Loodushoiu_ja_Turismi_Instituut, lk 846
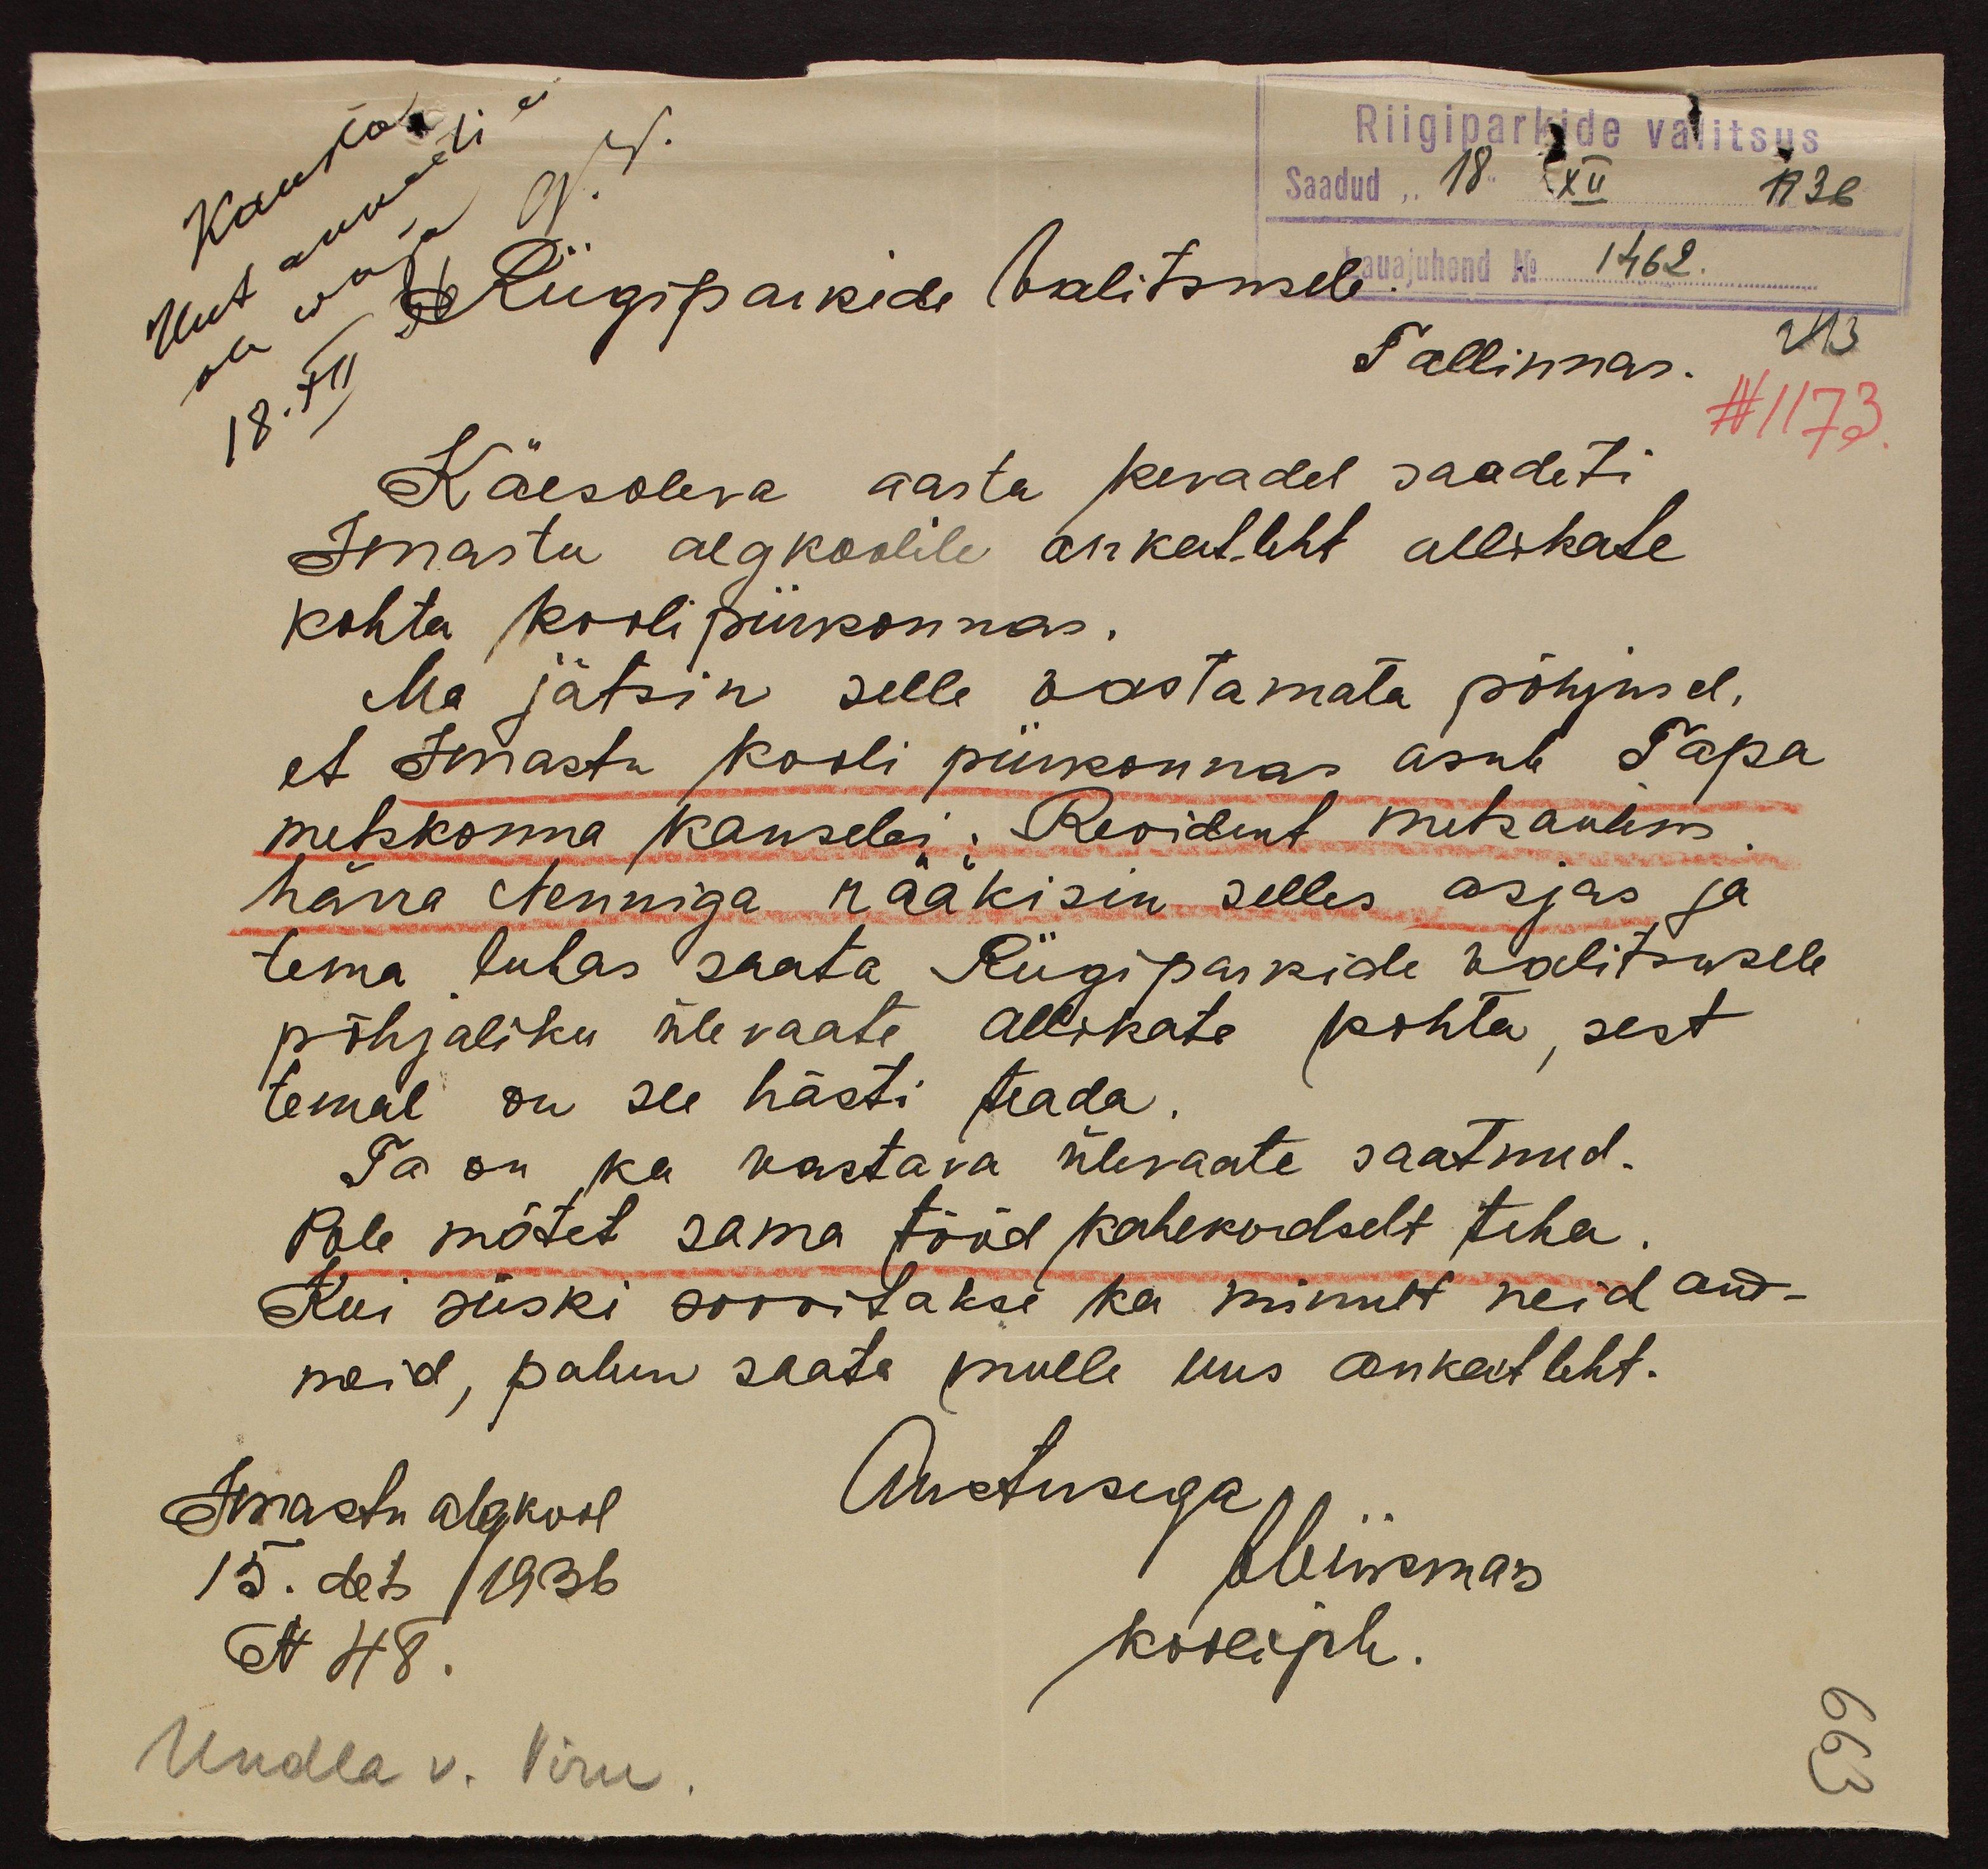
Saadud 18 XII 1936
Riigiparkide valitsus
Lauajuhend No 1462.
Riigiparkide Valitsusele
Tallinnas.
243
N 1173
Käesoleva aasta kevadel saadeti
Imastu algkoolile ankeetleht allikate
kohta kooli piirkonnas.
Ma jätsin selle vastamata põhjusel,
et Imastu kooli piirkonnas asub Tapa
metskonna kanselei. Revident metsaülem
härra Nenniga rääkisin selles asjas ja
tema lubas saata Riigiparkide Walitsusele
põhjaliku ülevaate allikate kohta, sest
temal on see hästi teada.
Ta on ka vastava ülevaate saatnud.
Pole mõtet sama tööd kahekordselt teha.
Kui siiski soovitakse ka minult neid and-
meid, palun saata mulle uus ankeetleht.
Imastu algkool
Austusega
15.det (1936
aliismas
N 48.
koolijuh.
Undla v. Viru.